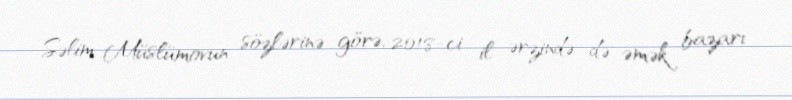
Səlim Müslümovun sözlərinə görə, 2018-ci il ərzində də əmək bazarı